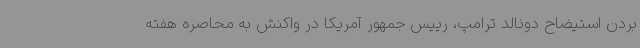
بردن استیضاح دونالد ترامپ، رییس جمهور آمریکا در واکنش به محاصره هفته